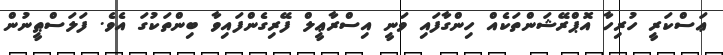
ޢަސްކަރީ ހުރިހާ އޮޕްރޭޝަންތަކެއް ހިންގާފައި ވަނީ އިސްރާޢީލް ފޭރިގެންފައިވާ ބިންތަކުގަ އެވެ. ފަލަސްޠީނުން